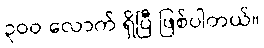
၃ဝဝ လောက် ရှိပြီ ဖြစ်ပါတယ်။